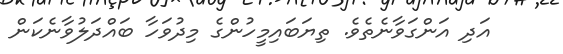
އަދި އަންގަވާނެތެވެ. ތިޔަބައިމީހުންގެ މިދުވަހާ ބައްދަލުވާނެކަން